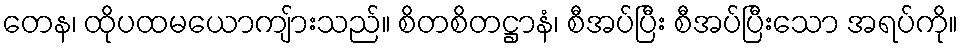
တေန၊ ထိုပထမယောကျ်ားသည်။ စိတစိတဋ္ဌာနံ၊ စီအပ်ပြီး စီအပ်ပြီးသော အရပ်ကို။